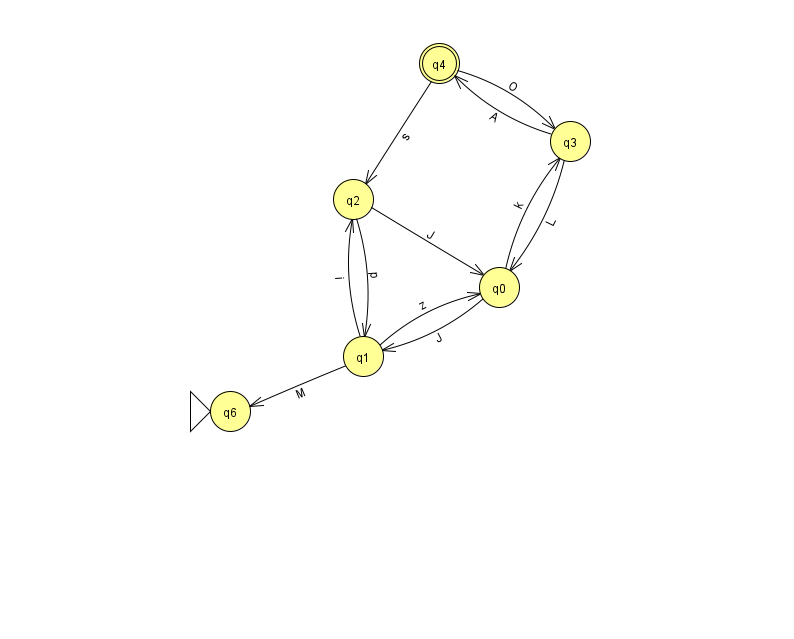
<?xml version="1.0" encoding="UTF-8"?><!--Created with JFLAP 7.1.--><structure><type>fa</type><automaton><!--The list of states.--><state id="0" name="q0"><x>499.0</x><y>274.0</y></state><state id="1" name="q1"><x>363.0</x><y>343.0</y></state><state id="2" name="q2"><x>353.0</x><y>186.0</y></state><state id="3" name="q3"><x>570.0</x><y>128.0</y></state><state id="4" name="q4"><x>439.0</x><y>50.0</y><final/></state><state id="6" name="q6"><x>230.0</x><y>398.0</y><initial/></state><!--The list of transitions.--><transition><from>2</from><to>1</to><read>p</read></transition><transition><from>4</from><to>3</to><read>O</read></transition><transition><from>1</from><to>6</to><read>M</read></transition><transition><from>0</from><to>1</to><read>J</read></transition><transition><from>0</from><to>3</to><read>k</read></transition><transition><from>1</from><to>0</to><read>z</read></transition><transition><from>3</from><to>4</to><read>A</read></transition><transition><from>1</from><to>2</to><read>i</read></transition><transition><from>2</from><to>0</to><read>J</read></transition><transition><from>4</from><to>2</to><read>s</read></transition><transition><from>3</from><to>0</to><read>L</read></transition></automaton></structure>